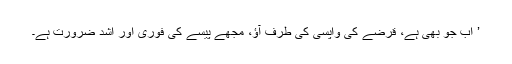
’ اب جو بھی ہے، قرضے کی واپسی کی طرف آؤ، مجھے پیسے کی فوری اور اشد ضرورت ہے۔